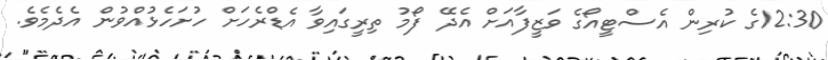
12:30ގެ ކުރިން އެސްޓީއޯގެ ވަޒީފާއަށް އެދޭ ފޯމު ތިރީގައިވާ އެޑްރެހަށް ހުށަހެޅުއްވުން އެދެމެވެ.